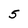
Character: 5